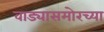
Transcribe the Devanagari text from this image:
वाड्यासमोरच्या